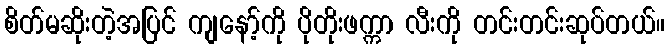
စိတ်မဆိုးတဲ့အပြင် ကျနော့်ကို ပိုတိုးဖက္ကာ လီးကို တင်းတင်းဆုပ်တယ်။